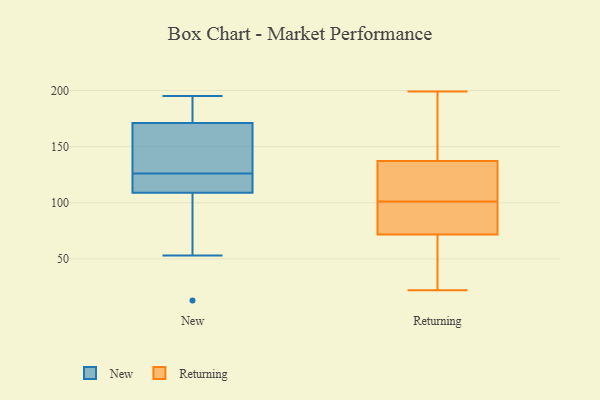
{"axis": {"x": "Demand Index", "y": "Value"}, "legend": ["New", "Returning"], "data": [{"x": "", "y": 129, "type": "New"}, {"x": "", "y": 58, "type": "New"}, {"x": "", "y": 123, "type": "New"}, {"x": "", "y": 109, "type": "New"}, {"x": "", "y": 53, "type": "New"}, {"x": "", "y": 195, "type": "New"}, {"x": "", "y": 182, "type": "New"}, {"x": "", "y": 121, "type": "New"}, {"x": "", "y": 164, "type": "New"}, {"x": "", "y": 112, "type": "New"}, {"x": "", "y": 13, "type": "New"}, {"x": "", "y": 183, "type": "New"}, {"x": "", "y": 171, "type": "New"}, {"x": "", "y": 137, "type": "New"}, {"x": "", "y": 136, "type": "Returning"}, {"x": "", "y": 78, "type": "Returning"}, {"x": "", "y": 74, "type": "Returning"}, {"x": "", "y": 22, "type": "Returning"}, {"x": "", "y": 23, "type": "Returning"}, {"x": "", "y": 65, "type": "Returning"}, {"x": "", "y": 41, "type": "Returning"}, {"x": "", "y": 194, "type": "Returning"}, {"x": "", "y": 192, "type": "Returning"}, {"x": "", "y": 118, "type": "Returning"}, {"x": "", "y": 80, "type": "Returning"}, {"x": "", "y": 86, "type": "Returning"}, {"x": "", "y": 102, "type": "Returning"}, {"x": "", "y": 141, "type": "Returning"}, {"x": "", "y": 104, "type": "Returning"}, {"x": "", "y": 101, "type": "Returning"}, {"x": "", "y": 199, "type": "Returning"}]}